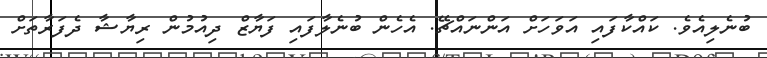
ބުނެލިއެވެ. ކައްކާފައި އަވަހަށް އަންނައްޗޭ. އެހެން ބުނެލާފައި ފަޔާޒް ދިއުމުން ރިޔާޝާ ދެފަރާތަށް